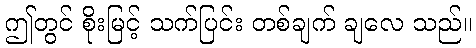
ဤတွင် စိုးမြင့် သက်ပြင်း တစ်ချက် ချလေ သည်။